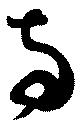
兩